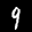
Label: 9